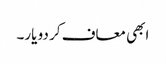
ابھی معاف کر دو یار۔